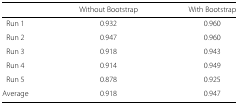
|  | Without Bootstrap | With Bootstrap |
 | --- | --- | --- |
 | Run 1 | 0.932 | 0.960 |
 | Run 2 | 0.947 | 0.960 |
 | Run 3 | 0.918 | 0.943 |
 | Run 4 | 0.914 | 0.949 |
 | Run 5 | 0.878 | 0.925 |
 | Average | 0.918 | 0.947 |